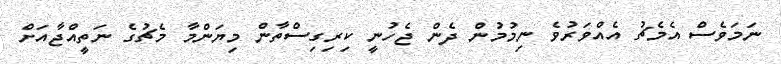
ނަމަވެސް އެމެޗު އެއްވަރުވެ ނިމުމުން ދެން ޖެހުނީ ކިރިގިސްތާން މިޔަންމާ މެޗުގެ ނަތީއްޖާއަށް